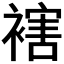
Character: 𧜅